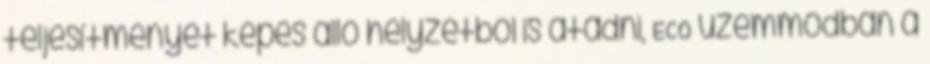
teljesítményét képes álló helyzetből is átadni, ECO üzemmódban a